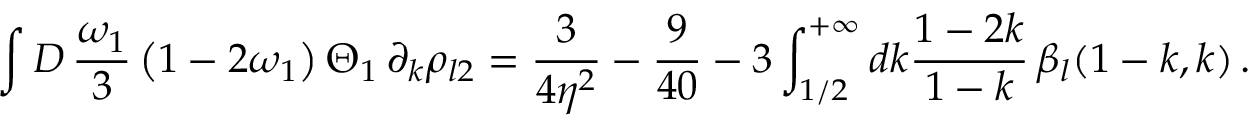
\int { \cal D } \, { \frac { \omega _ { 1 } } 3 } \left( 1 - 2 \omega _ { 1 } \right) \Theta _ { 1 } \, \partial _ { k } \rho _ { l 2 } = \frac 3 { 4 \eta ^ { 2 } } - \frac 9 { 4 0 } - 3 \int _ { 1 / 2 } ^ { + \infty } d k \frac { 1 - 2 k } { 1 - k } \, \beta _ { l } ( 1 - k , k ) \, .